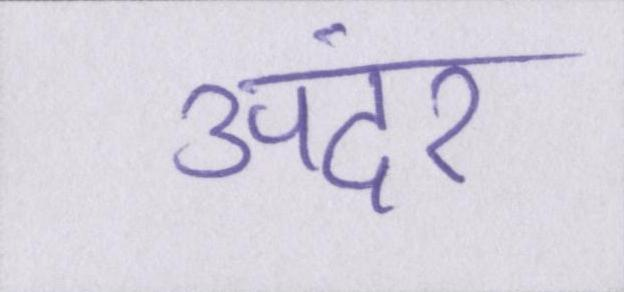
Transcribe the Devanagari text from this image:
अंदर